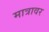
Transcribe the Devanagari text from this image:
मात्रावर